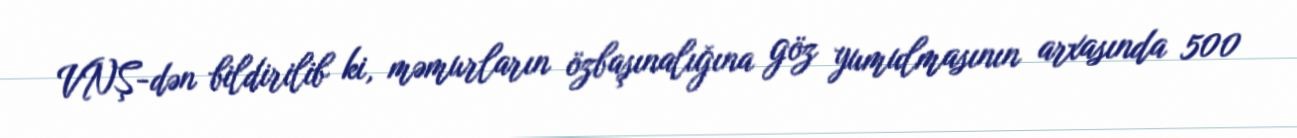
VNŞ-dən bildirilib ki, məmurların özbaşınalığına göz yumulmasının arxasında 500